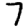
Digit: 7